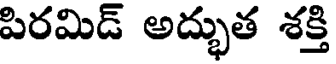
పిరమిడ్ అద్భుత శక్తి